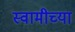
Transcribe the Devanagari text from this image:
स्‍वामीच्‍या